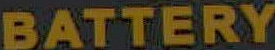
BATTERY